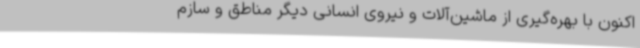
اکنون با بهره‌گیری از ماشین‌آلات و نیروی انسانی دیگر مناطق و سازم